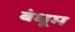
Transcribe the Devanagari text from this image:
बंधूम